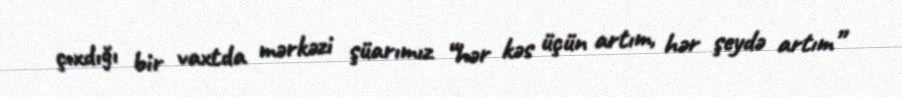
çıxdığı bir vaxtda mərkəzi şüarımız “hər kəs üçün artım, hər şeydə artım”